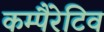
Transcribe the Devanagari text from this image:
कम्पैरेटिव